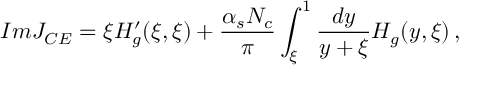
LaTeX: I m { \cal J } _ { C E } = \xi { \cal H } _ { g } ^ { \prime } ( \xi , \xi ) + \frac { \alpha _ { s } N _ { c } } { \pi } \int _ { \xi } ^ { 1 } \frac { d y } { y + \xi } { \cal H } _ { g } ( y , \xi ) \, ,